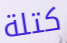
كتلة